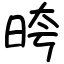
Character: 晇